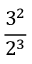
\frac { 3 ^ { 2 } } { 2 ^ { 3 } }